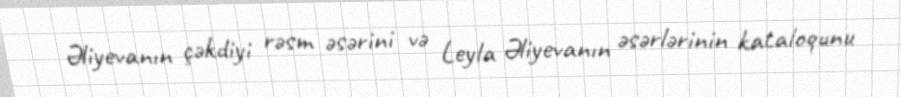
Əliyevanın çəkdiyi rəsm əsərini və Leyla Əliyevanın əsərlərinin kataloqunu